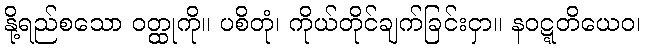
နို့ရည်စသော ဝတ္ထုကို။ ပစိတုံ၊ ကိုယ်တိုင်ချက်ခြင်းငှာ။ နဝဋ္ဋတိယေဝ၊